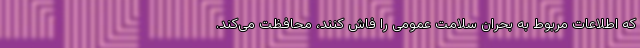
که اطلاعات مربوط به بحران سلامت عمومی را فاش کنند، محافظت می‌کند.